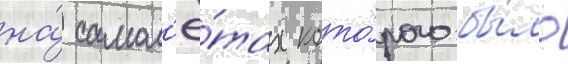
на́ самол'ё́тах кото́рого бы́ло